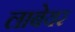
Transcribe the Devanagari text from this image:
लाबेयर